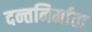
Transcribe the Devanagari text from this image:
दन्तनिर्माता